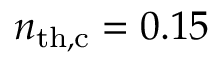
n _ { \mathrm { t h , c } } = 0 . 1 5